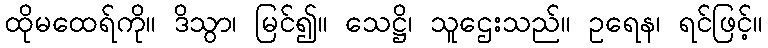
ထိုမထေရ်ကို။ ဒိသွာ၊ မြင်၍။ သေဋ္ဌိ၊ သူဌေးသည်။ ဥရေန၊ ရင်ဖြင့်။